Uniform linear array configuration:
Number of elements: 8
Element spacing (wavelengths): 0.5
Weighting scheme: cosine
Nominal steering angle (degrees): -60
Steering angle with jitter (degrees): -61.314
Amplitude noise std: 0.05
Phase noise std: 0.05

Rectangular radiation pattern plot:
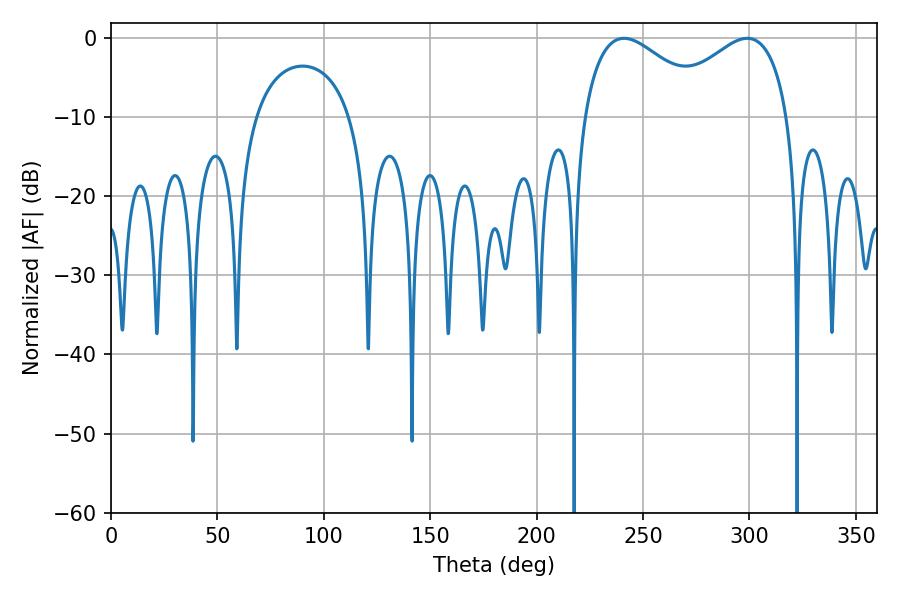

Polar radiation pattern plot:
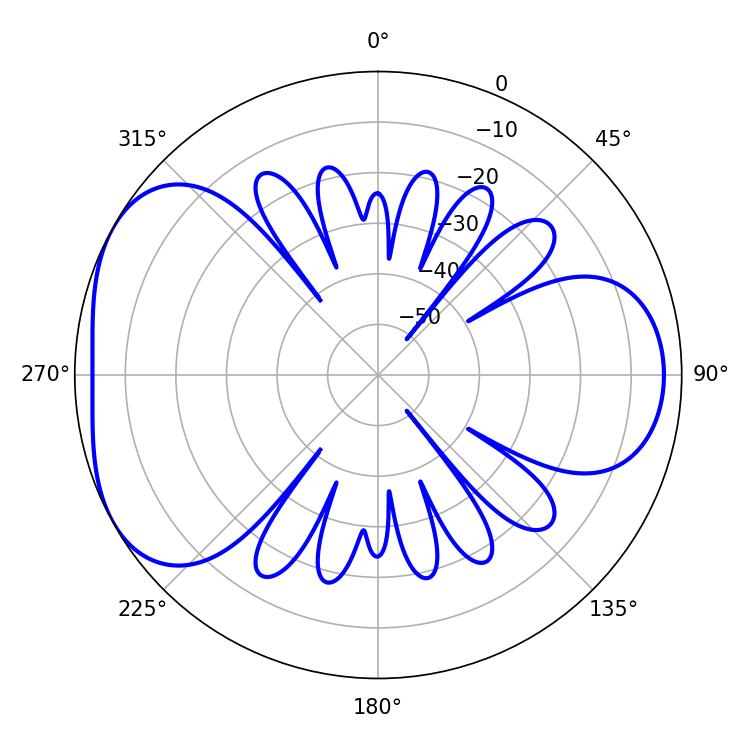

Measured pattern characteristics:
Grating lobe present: FALSE
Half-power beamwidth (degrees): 32.94
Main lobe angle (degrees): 298.98